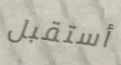
أستقبل